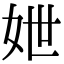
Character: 𡛶